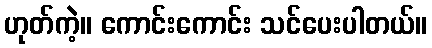
ဟုတ်ကဲ့။ ကောင်းကောင်း သင်ပေးပါတယ်။